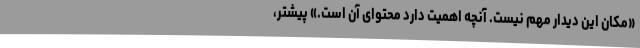
«مکان این دیدار مهم نیست. آنچه اهمیت دارد محتوای آن است.» پیشتر،